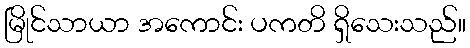
မြိုင်သာယာ အကောင်း ပကတိ ရှိသေးသည်။